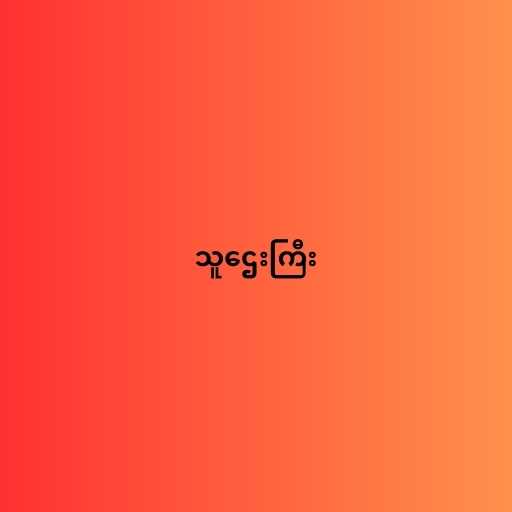
သူဌေးကြီး